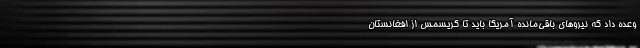
وعده داد که نیروهای باقی‌مانده آمریکا باید تا کریسمس از افغانستان